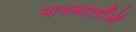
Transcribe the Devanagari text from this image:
मायकोलॉजी